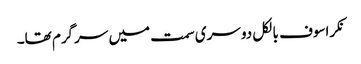
نکراسوف بالکل دوسری سمت میں سرگرم تھا۔